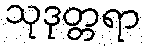
သုဒုတ္တရာ